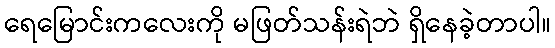
ရေမြောင်းကလေးကို မဖြတ်သန်းရဲဘဲ ရှိနေခဲ့တာပါ။